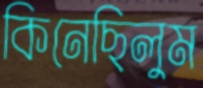
কিনেছিলুম